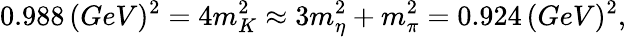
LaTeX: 0.988\, (GeV)^{2}=4m_{K}^{2}\approx 3m_{\eta}^{2}+m_{\pi}^{2}=0.924\, (GeV)^{2},